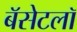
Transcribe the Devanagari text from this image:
बॅसेटलॉ